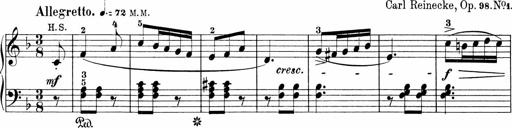
Title: Sonatinen Op.47, 98 und 136, nebst 6 Liedersonatinen
Composer: Carl Reinecke